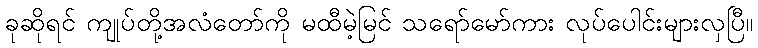
ခုဆိုရင် ကျုပ်တို့အလံတော်ကို မထီမဲ့မြင် သရော်မော်ကား လုပ်ပေါင်းများလှပြီ။